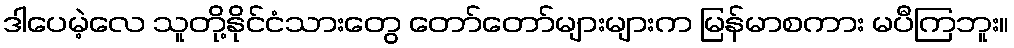
ဒါပေမဲ့လေ သူတို့နိုင်ငံသားတွေ တော်တော်များများက မြန်မာစကား မပီကြဘူး။